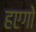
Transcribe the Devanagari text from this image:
हएगो